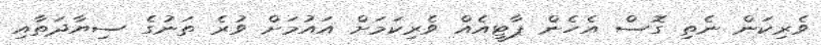
ވެރިކަން ނެތި ގޮސް އެހެން ޕާޓީއެއް ވެރިކަމަށް އައުމަށް ވުރެ ތަނުގެ ސިޔާދަތާއި